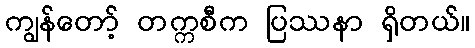
ကျွန်တော့် တက္ကစီက ပြဿနာ ရှိတယ်။